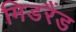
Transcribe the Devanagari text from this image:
मिडरैंड